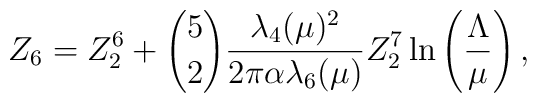
Z_6  = Z_2^6 + {5 \choose 2}{\lambda_4(\mu)^2\over 2\pi\alpha \lambda_6(\mu)} Z_2^7\ln\left(\Lambda\over\mu\right),